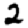
Digit: 2